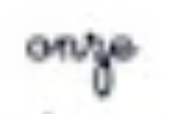
onze